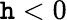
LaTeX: \mathtt{h}<0